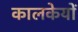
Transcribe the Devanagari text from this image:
कालकेयों